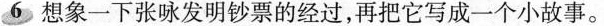
6想象一下张咏发明钞票的经过，再把它写成一个小故事。